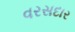
વરસદાર